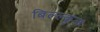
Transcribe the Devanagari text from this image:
बिल्ल्कुल